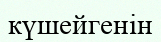
күшейгенін